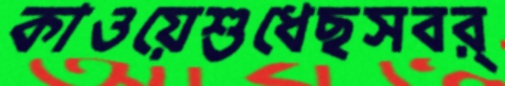
কাওয়েশুধেছসবর্